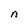
Character: n